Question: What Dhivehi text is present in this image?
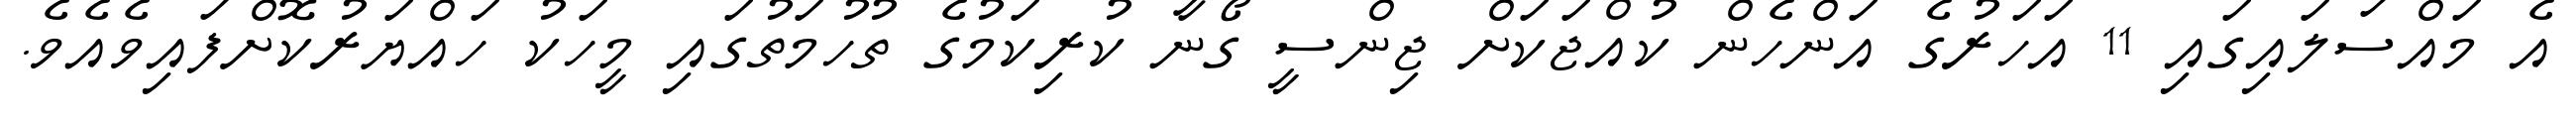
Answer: އެ މައްސަލައިގައި 11 އަހަރުގެ އަންހެން ކުއްޖަކަށް ޖިންސީ ގޯނާ ކުރިކަމުގެ ތުހުމަތުގައި މީހަކު ހައްޔަރުކޮށްފައިވެއެވެ.